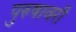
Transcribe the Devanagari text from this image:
पुरुषावरी